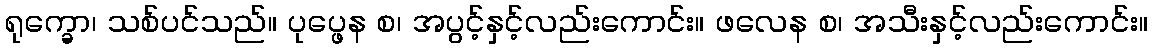
ရုက္ခော၊ သစ်ပင်သည်။ ပုပ္ဖေန စ၊ အပွင့်နှင့်လည်းကောင်း။ ဖလေန စ၊ အသီးနှင့်လည်းကောင်း။